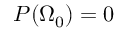
P ( \Omega _ { 0 } ) = 0